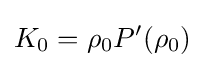
K_{0}=\rho _{0}P'(\rho _{0})